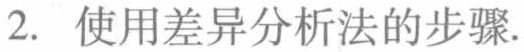
2. 使用差异分析法的步骤.